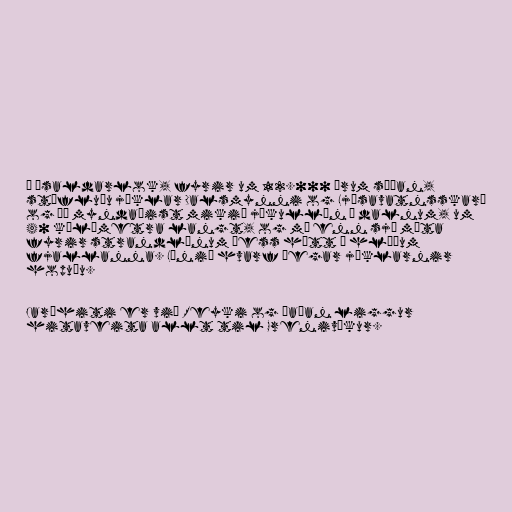
Í ísaldarlok, fyrir um 12.000 árum síðan,
stífluðu jöklar Dalsmynni og Ljósavatnsskarð
og þá myndaðist mikið jökullón í dalnum, um
40 kílómetra langt, og má enn sjá móta
fyrir strandlínum þess hátt í hlíðum
fjallanna. Lónið hvarf þegar jöklarnir
hopuðu.

Jarðhiti er við Reyki og þaðan liggur
hitaveita allt til Grenivíkur.